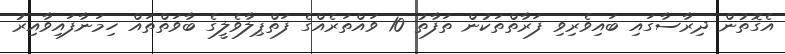
އެގޮތުން ދިރާސާގައި ބައިވެރިވި ފަރާތްތަކުން ތަފާތު 10 ވައްތަރެއްގެ ފަތްޕިލާވެލީގެ ބާވަތްތައް ހިމަނާފައިވާއިރު